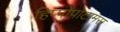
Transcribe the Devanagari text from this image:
हिप्पोपोटामस